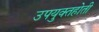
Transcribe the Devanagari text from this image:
उपयुक्तहोती